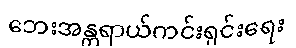
ဘေးအန္တရာယ်ကင်းရှင်းရေး